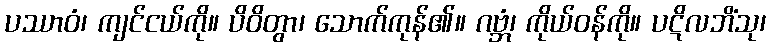
ပဿာဝံ၊ ကျင်ငယ်ကို။ ပိဝိတွာ၊ သောက်ကုန်၏။ ဂဗ္ဘံ၊ ကိုယ်ဝန်ကို။ ပဋိလဘိံသု၊